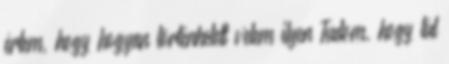
értem, hogy hogyan történhetett velem ilyen Tudom, hogy túl